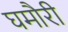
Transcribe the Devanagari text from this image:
घमौरी